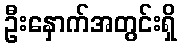
ဦးနှောက်အတွင်းရှိ